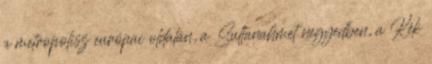
a metropolisz európai oldalán, a Sultanahmet negyedben, a Kék